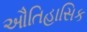
ઔતિહાસિક